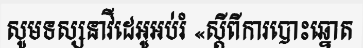
សូមទស្សនាវីដេអូអប់រំ «ស្តីពីការបោះឆ្នោត